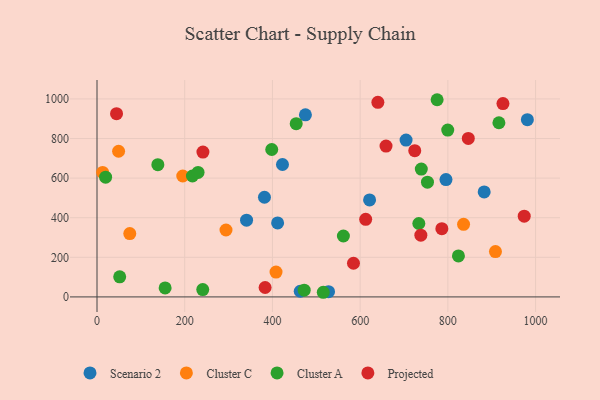
{"axis": {"x": "Study Hours", "y": "Yield"}, "legend": ["Cluster A", "Cluster C", "Projected", "Scenario 2"], "data": [{"x": "704.7", "y": 792.4, "type": "Scenario 2"}, {"x": "981.3", "y": 895.0, "type": "Scenario 2"}, {"x": "463.4", "y": 28.7, "type": "Scenario 2"}, {"x": "341.0", "y": 387.6, "type": "Scenario 2"}, {"x": "621.5", "y": 490.0, "type": "Scenario 2"}, {"x": "795.7", "y": 592.9, "type": "Scenario 2"}, {"x": "475.2", "y": 919.8, "type": "Scenario 2"}, {"x": "411.8", "y": 373.6, "type": "Scenario 2"}, {"x": "381.8", "y": 503.4, "type": "Scenario 2"}, {"x": "422.9", "y": 668.9, "type": "Scenario 2"}, {"x": "527.9", "y": 26.6, "type": "Scenario 2"}, {"x": "882.8", "y": 530.2, "type": "Scenario 2"}, {"x": "835.8", "y": 366.4, "type": "Cluster C"}, {"x": "49.2", "y": 735.7, "type": "Cluster C"}, {"x": "12.8", "y": 628.9, "type": "Cluster C"}, {"x": "908.5", "y": 229.1, "type": "Cluster C"}, {"x": "294.1", "y": 337.9, "type": "Cluster C"}, {"x": "74.7", "y": 320.0, "type": "Cluster C"}, {"x": "195.5", "y": 610.7, "type": "Cluster C"}, {"x": "408.2", "y": 125.4, "type": "Cluster C"}, {"x": "454.2", "y": 875.2, "type": "Cluster A"}, {"x": "775.5", "y": 996.0, "type": "Cluster A"}, {"x": "217.6", "y": 610.6, "type": "Cluster A"}, {"x": "138.7", "y": 667.8, "type": "Cluster A"}, {"x": "472.4", "y": 33.8, "type": "Cluster A"}, {"x": "515.9", "y": 23.4, "type": "Cluster A"}, {"x": "398.4", "y": 744.6, "type": "Cluster A"}, {"x": "230.4", "y": 629.0, "type": "Cluster A"}, {"x": "916.4", "y": 879.7, "type": "Cluster A"}, {"x": "561.8", "y": 307.6, "type": "Cluster A"}, {"x": "51.7", "y": 101.6, "type": "Cluster A"}, {"x": "19.6", "y": 604.7, "type": "Cluster A"}, {"x": "155.3", "y": 45.3, "type": "Cluster A"}, {"x": "824.1", "y": 207.2, "type": "Cluster A"}, {"x": "753.5", "y": 579.6, "type": "Cluster A"}, {"x": "733.8", "y": 370.9, "type": "Cluster A"}, {"x": "241.1", "y": 36.9, "type": "Cluster A"}, {"x": "739.4", "y": 645.7, "type": "Cluster A"}, {"x": "799.7", "y": 842.5, "type": "Cluster A"}, {"x": "640.4", "y": 982.9, "type": "Projected"}, {"x": "659.0", "y": 762.0, "type": "Projected"}, {"x": "584.8", "y": 169.9, "type": "Projected"}, {"x": "925.6", "y": 976.7, "type": "Projected"}, {"x": "612.6", "y": 391.8, "type": "Projected"}, {"x": "383.3", "y": 47.4, "type": "Projected"}, {"x": "738.4", "y": 312.0, "type": "Projected"}, {"x": "724.5", "y": 738.6, "type": "Projected"}, {"x": "241.5", "y": 731.5, "type": "Projected"}, {"x": "974.1", "y": 407.9, "type": "Projected"}, {"x": "786.3", "y": 344.7, "type": "Projected"}, {"x": "846.6", "y": 800.5, "type": "Projected"}, {"x": "44.5", "y": 925.7, "type": "Projected"}]}